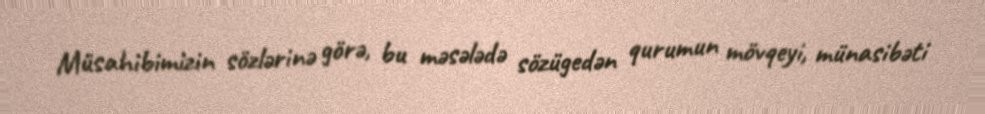
Müsahibimizin sözlərinə görə, bu məsələdə sözügedən qurumun mövqeyi, münasibəti